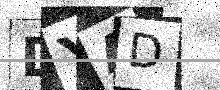
Text: DYAD